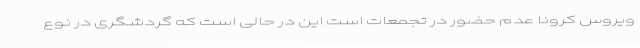
ویروس کرونا عدم حضور در تجمعات است این در حالی است که گردشگری در نوع